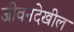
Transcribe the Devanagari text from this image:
जीवनदेखील